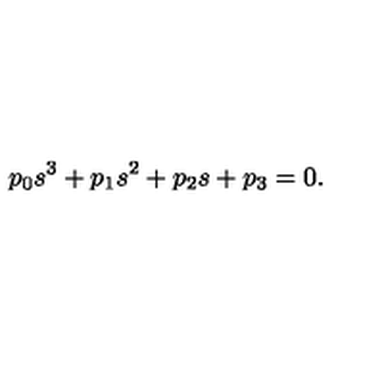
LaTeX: p _ { 0 } s ^ { 3 } + p _ { 1 } s ^ { 2 } + p _ { 2 } s + p _ { 3 } = 0 .